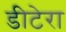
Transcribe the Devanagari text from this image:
डीटेरा